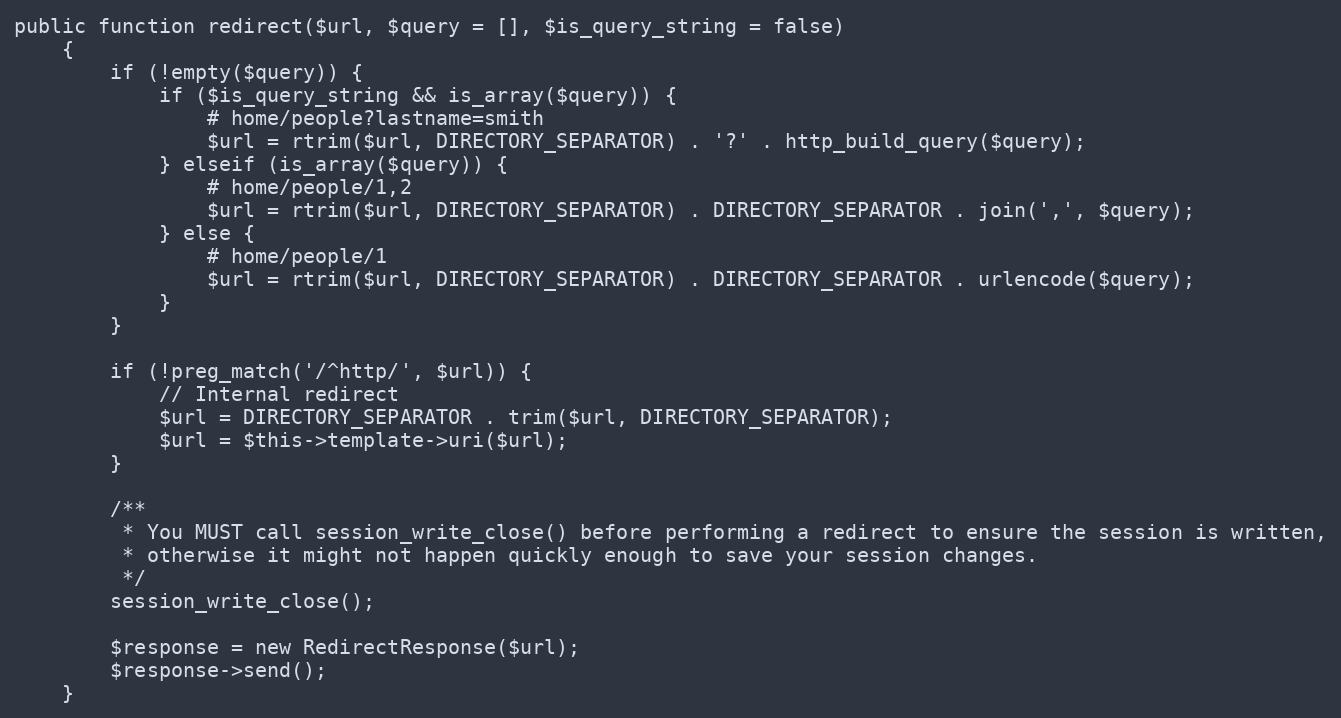
Language: PHP
public function redirect($url, $query = [], $is_query_string = false)
	{
		if (!empty($query)) {
			if ($is_query_string && is_array($query)) {
				# home/people?lastname=smith
				$url = rtrim($url, DIRECTORY_SEPARATOR) . '?' . http_build_query($query);
			} elseif (is_array($query)) {
				# home/people/1,2
				$url = rtrim($url, DIRECTORY_SEPARATOR) . DIRECTORY_SEPARATOR . join(',', $query);
			} else {
				# home/people/1
				$url = rtrim($url, DIRECTORY_SEPARATOR) . DIRECTORY_SEPARATOR . urlencode($query);
			}
		}

		if (!preg_match('/^http/', $url)) {
			// Internal redirect
			$url = DIRECTORY_SEPARATOR . trim($url, DIRECTORY_SEPARATOR);
			$url = $this->template->uri($url);
		}

		/**
		 * You MUST call session_write_close() before performing a redirect to ensure the session is written,
		 * otherwise it might not happen quickly enough to save your session changes.
		 */
		session_write_close();

		$response = new RedirectResponse($url);
		$response->send();
	}